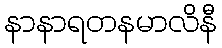
နာနာရတနမာလိနီ